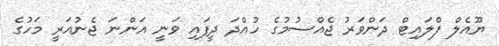
ޔޫއެލް ފްލައިޓް ދަންވަރު ޖެއްސުމުގެ ހުއްދަ ދީފައި ވަނީ އަންނަ ޖެނުއަރީ މަހުގެ